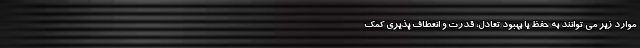
موارد زیر می توانند به حفظ یا بهبود تعادل، قدرت و انعطاف پذیری کمک